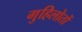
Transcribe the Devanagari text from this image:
गुहिलोतों